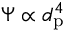
\Psi \propto d _ { \mathrm { p } } ^ { 4 }